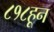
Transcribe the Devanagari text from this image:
८१८हून